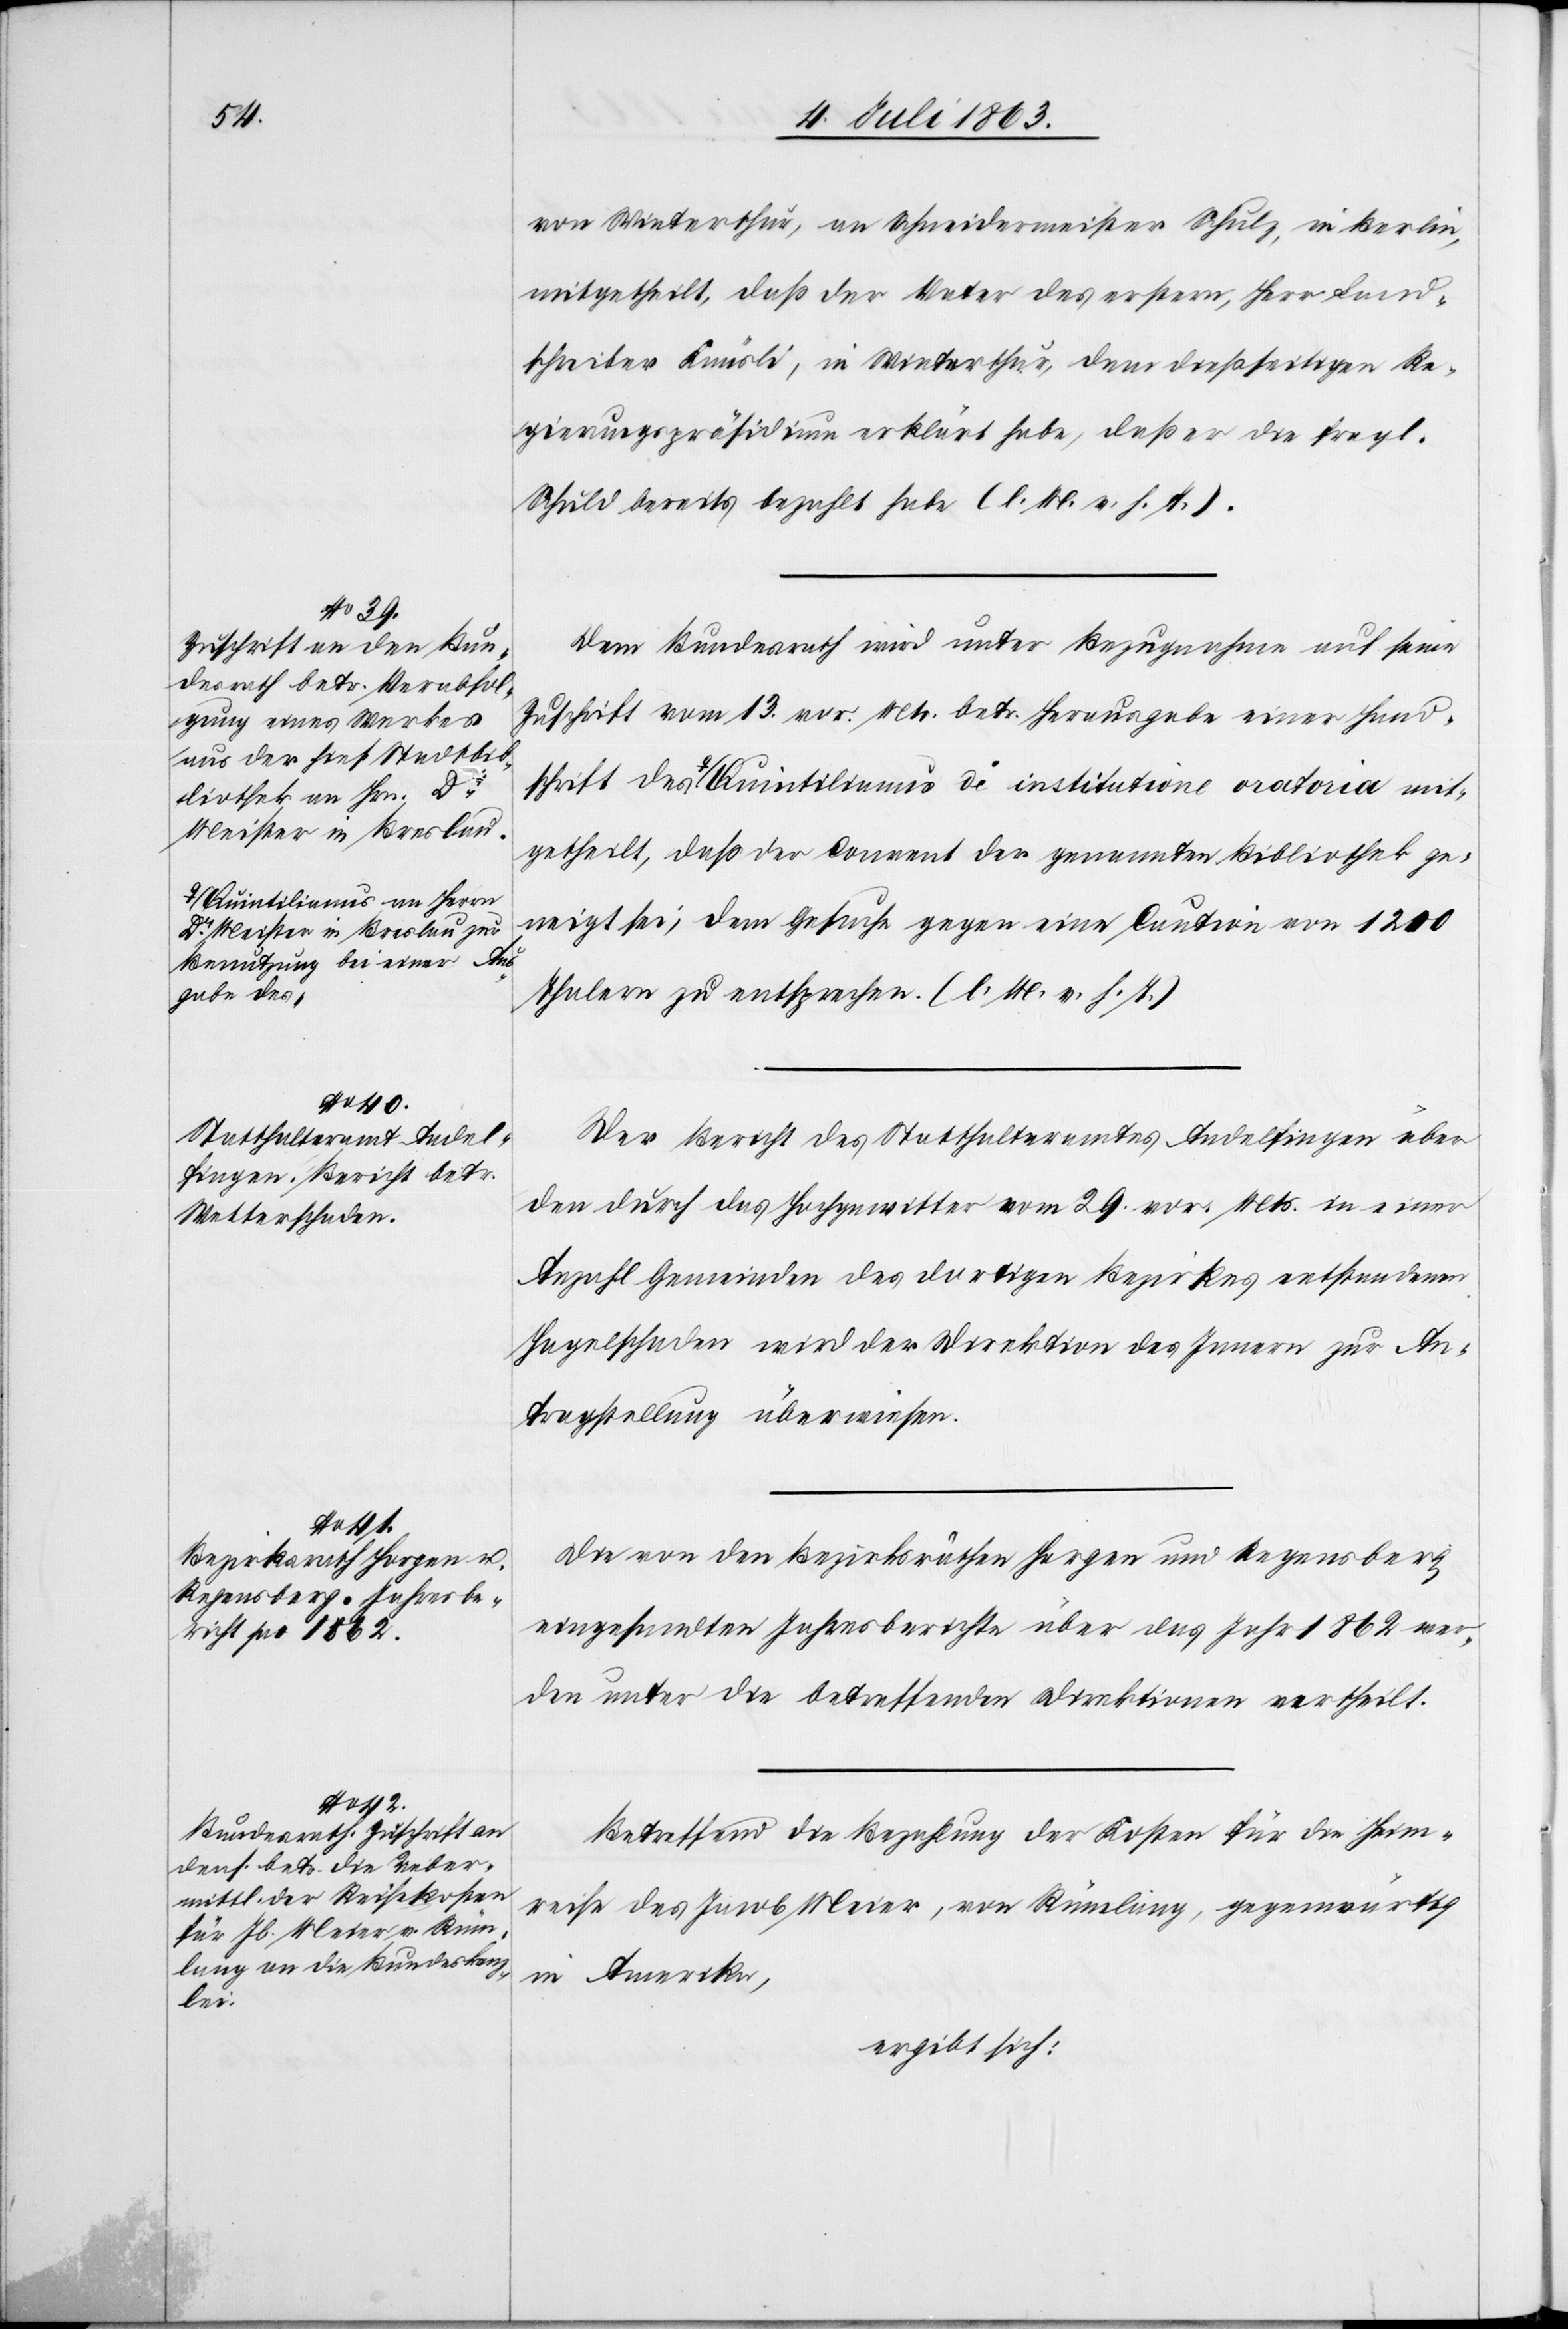
chrift
a-Quintilianus an Herrn
Dr Meister in Breslau zur
Benutzung bei einer Au¬
des

6. Juli 1863.]
von Winterthur, an Schneidermeister Schulz, in Berlin,
mitgetheilt, daß der Vater des erstern, Herr Land¬
schreiber Knüsli, in Winterthur, dem dießseitigen Re¬
gierungspräsidium erklärt habe, daß er die fragl.
Schuld bereits bezahlt habe (l. M. v. h. T.).
Dem Bundesrath wird unter Bezugnahme auf seine
Zuschrift vom 13. vor. Mts. betr. Herausgabe einer Hands¬
sgabe des-a Quintilianus de institutione oratoria mit¬
getheilt, daß der Convent der genannten Bibliothek ge¬
neigt sei, dem Gesuche gegen eine Caution von 1200
Thalern zu entsprechen. (l. M. v. h. T.)
Der Bericht des Statthalteramtes Andelfingen über
den durch das Hochgewitter vom 29. vor. Mts. in einer
Anzahl Gemeinden des dortigen Bezirkes entstandenen
Hagelschaden wird der Direktion des Innern zur An¬
tragstellung überwiesen.
Die von den Bezirksräthen Horgen und Regensberg
eingesandten Jahresberichte über das Jahr 1862 wer¬
den unter die betreffenden Direktionen vertheilt.
Betreffend die Bezahlung der Kosten für die Heim¬
reise des Jacob Meier, von Rümlang, gegenwärtig
in Amerika,
ergibt sich: